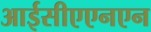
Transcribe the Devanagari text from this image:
आईसीएएनएन